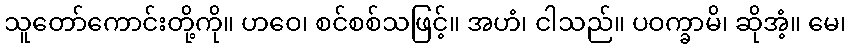
သူတော်ကောင်းတို့ကို။ ဟဝေ၊ စင်စစ်သဖြင့်။ အဟံ၊ ငါသည်။ ပဝက္ခာမိ၊ ဆိုအံ့။ မေ၊